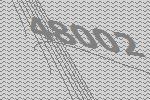
48002